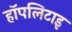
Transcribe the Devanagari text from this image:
हॉपलिटाइ